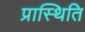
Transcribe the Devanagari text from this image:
प्रास्थिति